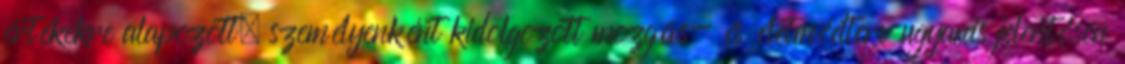
értékekre alapozott, személyenként kidolgozott mozgás- és életmódterv ugyanis jelentősen